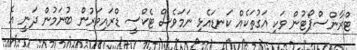
ޓްރާންސްޕޯޓުން ވަކި އަގުތަކެއް ކަނޑައެޅި ނަމަވެސް ޓެކްސީ ޑްރައިވަރުން ބުނަމުން ދަނީ އެ